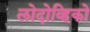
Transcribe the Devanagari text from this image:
लोदोव्हिको